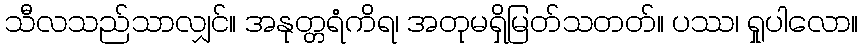
သီလသည်သာလျှင်။ အနုတ္တရံကိရ၊ အတုမရှိမြတ်သတတ်။ ပဿ၊ ရှုပါလော။